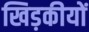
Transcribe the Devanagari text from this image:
खिड़कीयों